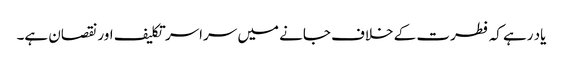
یاد رہے کہ فطرت کے خلاف جانے میں سراسر تکلیف اور نقصان ہے۔